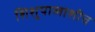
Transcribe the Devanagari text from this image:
शिशुपालाशीच